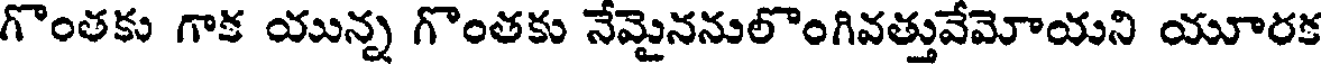
గొంతకు గాక యున్న గొంతకు నేమైననులొంగివత్తువేమోయని యూరక